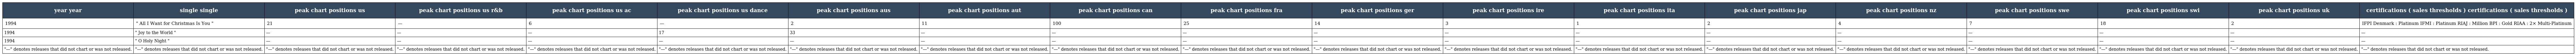
| year year | single single | peak chart positions us | peak chart positions us r&b | peak chart positions us ac | peak chart positions us dance | peak chart positions aus | peak chart positions aut | peak chart positions can | peak chart positions fra | peak chart positions ger | peak chart positions ire | peak chart positions ita | peak chart positions jap | peak chart positions nz | peak chart positions swe | peak chart positions swi | peak chart positions uk | certifications ( sales thresholds ) certifications ( sales thresholds ) |
 | --- | --- | --- | --- | --- | --- | --- | --- | --- | --- | --- | --- | --- | --- | --- | --- | --- | --- | --- |
 | 1994 | " All I Want for Christmas Is You " | 21 | — | 6 | — | 2 | 11 | 100 | 25 | 14 | 3 | 1 | 2 | 4 | 7 | 18 | 2 | IFPI Denmark : Platinum IFMI : Platinum RIAJ : Million BPI : Gold RIAA : 2× Multi-Platinum |
 | 1994 | " Joy to the World " | — | — | — | 17 | 33 | — | — | — | — | — | — | — | — | — | — | — | — |
 | 1994 | " O Holy Night " | — | — | — | — | — | — | — | — | — | — | — | — | — | — | — | — | — |
 | "—" denotes releases that did not chart or was not released. | "—" denotes releases that did not chart or was not released. | "—" denotes releases that did not chart or was not released. | "—" denotes releases that did not chart or was not released. | "—" denotes releases that did not chart or was not released. | "—" denotes releases that did not chart or was not released. | "—" denotes releases that did not chart or was not released. | "—" denotes releases that did not chart or was not released. | "—" denotes releases that did not chart or was not released. | "—" denotes releases that did not chart or was not released. | "—" denotes releases that did not chart or was not released. | "—" denotes releases that did not chart or was not released. | "—" denotes releases that did not chart or was not released. | "—" denotes releases that did not chart or was not released. | "—" denotes releases that did not chart or was not released. | "—" denotes releases that did not chart or was not released. | "—" denotes releases that did not chart or was not released. | "—" denotes releases that did not chart or was not released. | "—" denotes releases that did not chart or was not released. |